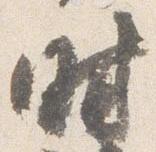
時